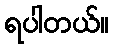
ရပါတယ်။